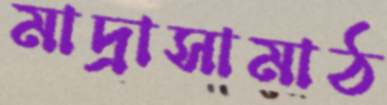
মাদ্রাসামাঠ